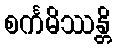
စင်္ကမိဿန္တိ